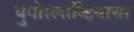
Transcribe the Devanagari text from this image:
युगोस्लाव्हियाचा